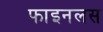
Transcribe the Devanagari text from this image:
फाइनलस